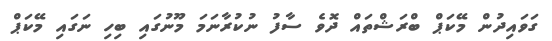
ގަވައިދުން މޭކަޕް ބްރަޝްތައް ދޮވެ ސާފު ނުކުރާނަމަ މޫނުގައި ބިހި ނަގައި މޭކަޕް